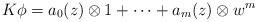
LaTeX: \begin{align*}K\phi=a_0(z)\otimes 1+\cdots +a_m(z)\otimes w^m\end{align*}